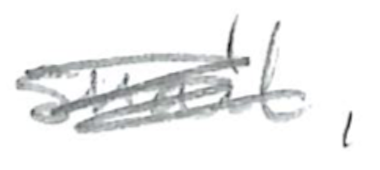
Text: snail,
Cross-out: scratch
Writing tool: pencil